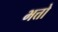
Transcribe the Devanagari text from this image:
भत्तो